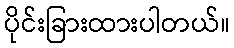
ပိုင်းခြားထားပါတယ်။